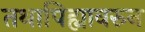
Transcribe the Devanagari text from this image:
तथापिह्यावरुन